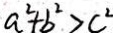
a ^ { 2 } + b ^ { 2 } > c ^ { 2 }